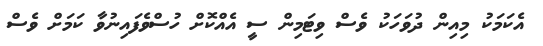
އެކަމަކު މިއިން ދުވަހަކު ވެސް ވިޓަމިން ސީ އެއްކޮށް ހުސްވެފައިނުވާ ކަމަށް ވެސް